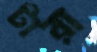
টারা